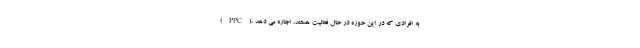
(PPC)، به افرادی که در این حوزه در حال فعالیت هستند، اجازه می دهد